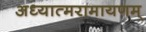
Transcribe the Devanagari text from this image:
अध्यात्मरामायणम्